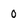
Character: 0